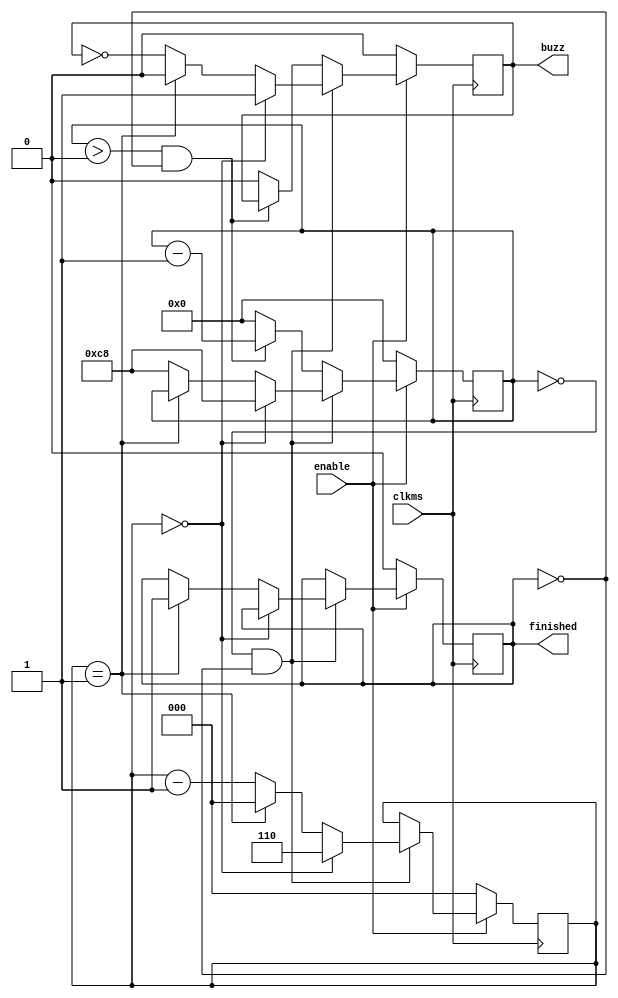
// buzzer control
module Buzzer (
    // clock
    input clkms,
    // enable signal from Core
    input enable,
    // buzz_finished signal to Core
    output reg finished,
    // output to buzzer
    output reg buzz
);

    // number of clocks in a period
    parameter CLKS = 200; // 200ms
    reg [7:0] clkcnt;

    // total number of periods
    parameter PERIODS = 6;
    reg [2:0] periodcnt;

    // finished, buzz, clkcnt, periodcnt
    always @(posedge clkms)
        if (enable)
            if (clkcnt == 0 && !finished)
                if (periodcnt == 0) begin
                    periodcnt <= PERIODS;
                    buzz <= 1;
                    clkcnt <= CLKS;
                end
                else if (periodcnt == 1) begin
                    periodcnt <= 0;
                    buzz <= 0;
                    finished <= 1;
                end
                else begin
                    periodcnt <= periodcnt - 1;
                    buzz <= !buzz;
                    clkcnt <= CLKS;
                end
            else if (clkcnt > 0 && !finished)
                clkcnt = clkcnt - 1;
            else begin
                clkcnt <= 0;
                buzz <= 0;
            end
        else begin
            finished <= 0;
            buzz <= 0;
            clkcnt <= 0;
            periodcnt <= 0;
        end

endmodule